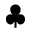
\clubsuit